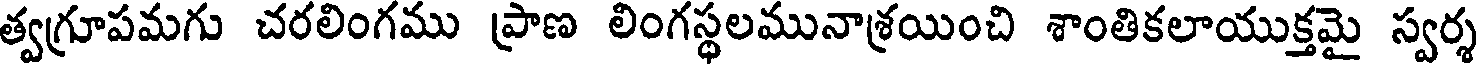
త్వగ్రూపమగు చరలింగము ప్రాణ లింగస్థలమునాశ్రయించి శాంతికలాయుక్తమై స్వర్శ